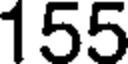
155